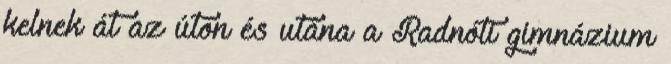
kelnek át az úton és utána a Radnóti gimnázium